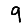
Digit: 9